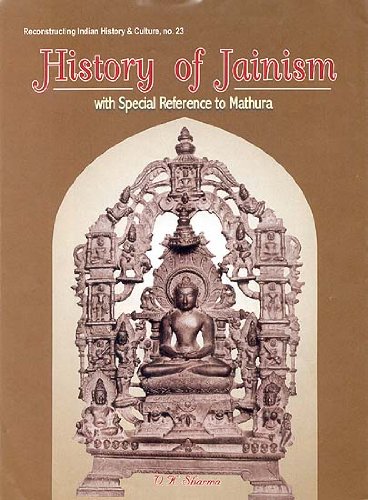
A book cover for History of Jainism: With Special Reference to Mathura (Reconstructing Indian History and Culture); V.K. Sharma; Religion & Spirituality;